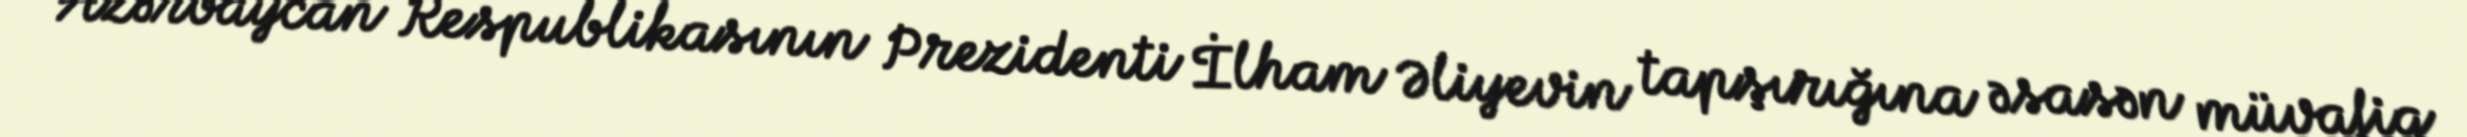
Azərbaycan Respublikasının Prezidenti İlham Əliyevin tapşırığına əsasən müvafiq